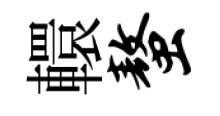
轘螯